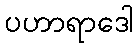
ပဟာရာဒေါ